Report on sanitation, dispensaries, and jails in Rajputana for 1919, and on vaccination for the year 1919-1920 - 1919-1920
Year: 1919
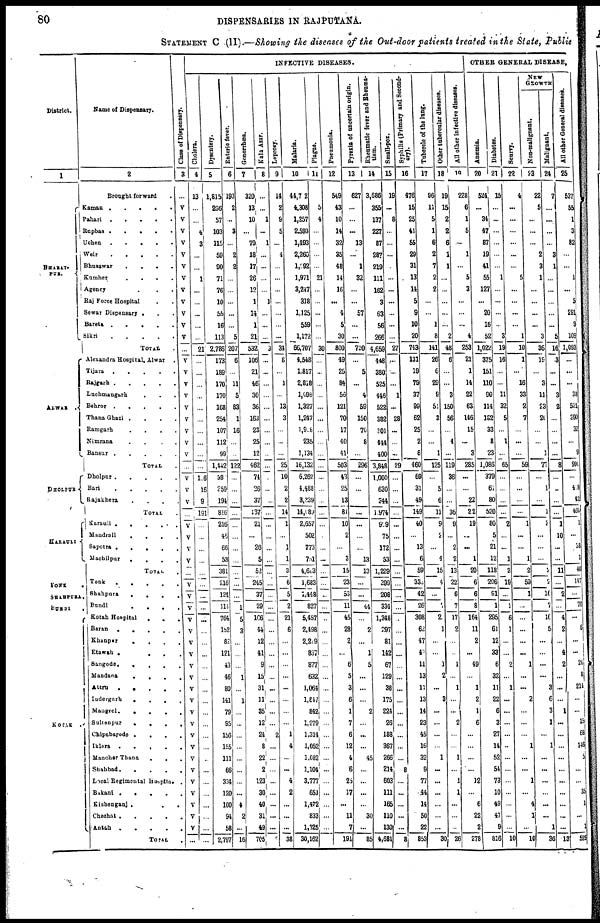
80
DISPENSARIES IN RAJPUTANA.
STATEMENT C (II).—Showing the diseases of the Out-door patients treated in the State, Public
District.
1
BHARAT¬
PUR.
ALWAR .
DHOLPUR
KARAULI
TONK
.
SHAHPURA.
BUNDI
.
KOTAH
Name of Dispensary.
2
Brought forward .
Kaman .
.
.
.
.
Pahari
.
.
.
.
.
Rupbas .
.
.
.
.
Uchen
.
.
.
.
.
Weir. . . . .
Bhusawar
.
.
. .
Kumher
.
.
.
.
Agency . . .
Raj Force Hospital . .
Sewar Dispensary . . .
Bareta .
.
.
.
.
Sikri
TOTAL .
Alexandra Hospital, Alwar .
Tijara
.
.
.
.
.
Rajgarh .
.
.
.
.
Luchmangarh
.
.
.
Behror
.
.
.
.
.
Thana Ghazi . . . .
Ramgarh
. . . .
Nimrana
. . . .
Bansur. . . . .
TOTAL .
Dholpur
.
.
.
.
.
Bari
.
.
.
.
.
Rajakhera . . . .
TOTAL .
Karauli .
.
. . .
Mandrail
. . . .
Sapotra .
.
.
.
.
Machilpur
. . . .
TOTAL .
Tonk
. . . . .
Shahpura
.
.
. .
Bundi
. . . .
Kotah Hospital
. . .
Baran
.
.
.
.
.
Khanpur
.
. . .
Etawah .
. . .
Sangode.
.
. . .
Mandana
.
.
. .
Attru
. . . . .
Indergarh
.
.
. .
Mangrol.
.
. . .
Sultanpur
.
.
.
.
Chipabarode .
.
. .
Iklera
.
.
.
.
.
Manoher Thana
.
. .
Shahbad .
.
.
.
.
Local Regimental Hospital .
Bikani .
.
.
. .
Kishenganj .
. .
Chechat .
.
.
.
.
Antah .
.
.
.
.
TOTAL .
Class of Dispensary.
3
...
V
V
V
V
V
V
V
V
V
V
V
V
...
V
V
V
V
V
V
V
V
V
...
V
V
V
...
V
V
V
V
...
V
V
V
V
V
V
V
V
V
V
V
V
V
V
V
V
V
V
V
V
V
V
...
INFECTIVE DISEASES.
Cholera.
4
13
...
...
4
3
...
...
1
...
...
...
...
...
21
...
...
...
...
...
...
...
...
...
...
106
16
9
191
...
...
...
...
...
...
...
...
...
...
...
...
...
...
...
...
...
...
...
...
...
...
...
...
...
...
...
...
Dysentery.
5
1,815
206
87
103
115
59
90
71
76
10
55
16
113
2,786
173
189
170
170
168
254
107
112
99
1,442
39
259
191
816
216
46
66
53
381
216
124
114
764
152
82
121
43
46
80
141
79
95
156
155
111
66
334
120
100
94
58
2,797
Enteric fever.
6
193
2
...
3
...
2
2
...
...
...
...
...
5
207
6
...
11
5
83
1
16
...
...
122
...
...
...
...
...
...
...
...
...
...
...
1
5
3
...
...
...
1
...
1
...
...
...
...
...
...
...
...
4
2
...
16
Gonorrhœa.
7
320
13
10
...
79
18
17
26
12
1
14
1
21
532
106
21
46
30
36
163
23
25
12
462
74
26
37
137
21
...
26
5
52
245
37
29
106
44
12
41
9
15
31
11
35
12
24
8
22
2
123
30
40
31
49
705
Kala Azar.
8
...
...
1
...
1
...
...
...
...
1
...
...
3
...
...
...
...
...
...
...
...
...
...
...
...
...
...
...
...
...
...
...
...
...
...
...
...
...
...
...
...
...
...
...
...
2
...
...
...
...
...
...
...
...
2
Leprosy.
9
14
2
9
5
...
4
...
...
...
...
...
...
...
34
8
...
1
...
13
3
...
...
...
25
10
2
2
14
1
...
1
1
3
6
5
2
21
6
...
...
...
...
...
...
...
...
1
4
...
...
4
2
...
...
...
38
Malaria.
10
44,702
4,308
1,257
2,593
1,493
2,260
1,092
1,971
3,247
318
1,125
559
1,172
66,707
4,548
1,817
2,818
1,098
1,327
1,247
1,908
235
1,134
16,132
6,262
4,488
3,239
14,089
2,657
502
773
751
4,683
1,683
1,448
827
5,457
2,498
2,219
837
877
632
1,064
1,847
842
1,279
1,314
1,052
1,082
1,104
3,777
651
1,472
833
1,325
30,162
Plague.
11
...
5
4
...
...
...
...
21
...
...
...
...
30
...
...
...
...
...
...
...
...
...
...
...
...
...
...
...
...
...
...
...
...
...
...
...
...
...
...
...
...
...
...
...
...
...
...
...
...
...
...
...
...
...
...
Pneumonia.
12
549
43
10
14
32
35
48
14
16
...
4
5
30
800
49
25
84
56
121
70
17
40
41
503
43
25
13
81
10
2
...
3
15
23
53
11
45
28
2
...
6
5
3
6
1
7
6
12
4
6
25
17
...
11
7
191
Pyrexia of uncertain origin.
13
627
...
...
...
13
...
1
32
...
...
57
...
...
730
...
5
...
4
59
150
70
8
...
296
...
...
...
...
...
...
...
13
13
...
44
...
2
...
1
5
...
...
...
2
...
...
...
45
...
...
...
...
30
...
85
Rheumatic fever and Rheuma¬
tism.
14
3,686
355
137
227
87
287
219
111
162
3
63
56
266
4,659
448
380
525
446
522
382
301
444
400
3,848
1,000
630
344
1,974
929
75
172
53
1,229
399
208
334
1,348
297
81
142
67
129
38
175
224
26
188
367
266
214
603
111
165
110
130
4,681
Small-pox.
15
19
...
8
...
...
...
...
...
...
...
...
...
27
...
...
...
1
...
28
...
...
...
29
...
...
...
...
...
...
...
...
...
...
...
...
...
...
...
...
...
...
...
...
...
...
...
...
...
8
...
...
...
...
...
8
Syphilis (Primary and Second-
ary).
16
476
15
25
41
55
29
31
13
14
5
9
10
20
743
131
19
79
37
99
62
25
2
6
460
69
31
49
149
40
...
13
6
59
335
42
26
308
62
47
42
11
13
11
13
14
23
45
16
32
9
77
44
14
50
22
853
Tubercle of the lung.
17
96
11
5
1
6
2
7
2
2
...
...
1
8
141
26
6
29
9
51
3
...
...
1
125
...
5
6
11
9
2
...
4
15
4
...
7
2
1
...
...
1
2
...
3
...
...
...
...
1
...
...
...
...
...
...
30
Other tubercular diseases.
18
19
15
2
2
6
1
1
...
...
...
...
...
2
48
6
...
...
3
150
56
4
119
36
...
36
9
...
2
2
13
22
6
7
17
2
...
...
1
...
1
...
...
2
...
...
1
...
1
1
...
...
...
26
All other infective diseases.
19
228
6
1
5
...
1
...
5
3
...
...
...
4
253
21
1
14
22
63
146
15
...
3
285
...
...
22
22
19
...
...
1
20
6
6
8
164
11
2
...
49
...
1
2
1
6
...
...
...
...
12
...
6
22
2
278
OTHER GENERAL DISEASE.
Anæmia.
20
524
...
34
47
87
19
41
55
127
...
20
16
52
1,022
375
151
110
90
114
132
33
8
23
1,086
379
61
80
520
80
5
21
12
118
206
91
1
295
61
12
33
6
32
11
22
6
3
27
14
52
54
73
10
49
47
9
816
Diabetes.
21
15
...
...
...
...
...
...
1
...
...
...
...
3
19
16
...
...
11
32
5
...
1
...
65
...
...
...
...
2
...
...
1
3
19
...
1
6
1
...
...
2
...
1
...
...
...
...
...
...
...
...
...
...
...
...
10
Scurvy.
22
4
...
...
...
...
...
...
5
...
...
...
...
1
10
1
...
16
33
2
7
...
...
...
59
...
...
...
...
1
...
...
1
2
59
1
...
...
...
...
...
1
...
...
2
...
...
...
1
...
...
1
...
4
1
...
10
NEW
GROWTH
Non-malignant.
23
22
5
...
...
...
2
3
1
...
...
...
...
3
36
19
...
3
11
23
20
...
...
1
77
...
1
...
1
2
...
...
...
2
2
16
7
10
5
...
...
...
...
3
6
3
1
...
1
...
...
...
...
...
...
1
36
Malignant.
24
7
...
...
...
...
3
1
...
...
...
...
...
5
16
3
...
...
3
2
...
...
...
...
8
...
...
...
...
1
10
...
...
11
...
2
...
4
2
...
4
2
...
...
...
1
...
...
...
...
...
...
...
...
...
...
13
All other General diseases.
25
537
55
1
3
82
...
...
1
...
5
291
9
109
1,093
...
...
...
38
521
390
32
...
9
990
...
418
42
460
1
...
38
1
40
147
...
70
...
6
...
...
26
8
214
...
...
15
68
146
5
...
...
35
1
...
1
525